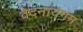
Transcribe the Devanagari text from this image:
वेदनायगम